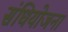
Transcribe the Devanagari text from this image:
संधियोजना